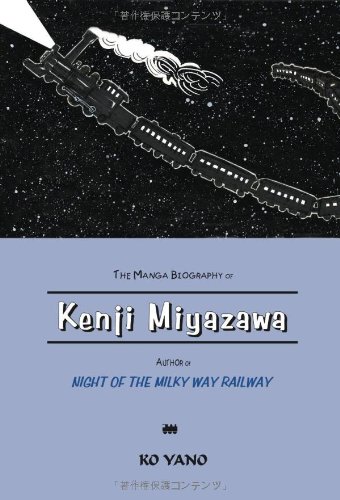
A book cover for The Manga Biography of Kenji Miyazawa, Author of "Night of the Milky Way Railway"; Ko Yano; Comics & Graphic Novels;